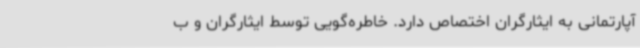
آپارتمانی به ایثارگران اختصاص دارد. خاطره‌گویی توسط ایثارگران و ب